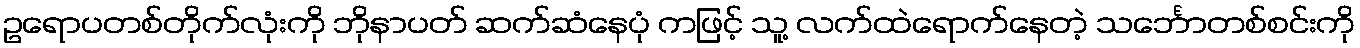
ဥရောပတစ်တိုက်လုံးကို ဘိုနာပတ် ဆက်ဆံနေပုံ ကဖြင့် သူ့ လက်ထဲရောက်နေတဲ့ သင်္ဘောတစ်စင်းကို